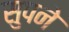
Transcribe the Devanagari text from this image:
सुपने